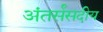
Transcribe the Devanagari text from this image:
अंतर्संसदीय